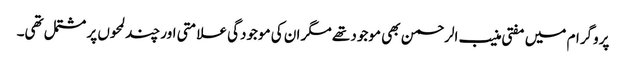
پروگرام میں مفتی منیب الرحمن بھی موجود تھے مگر ان کی موجودگی علامتی اور چند لمحوں پر مشتمل تھی۔